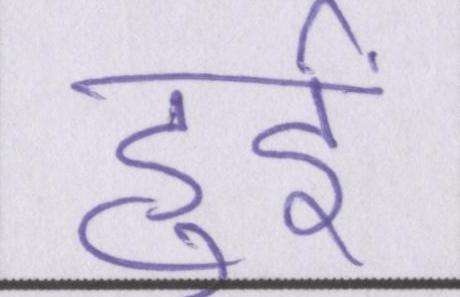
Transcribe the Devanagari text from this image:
हुईं